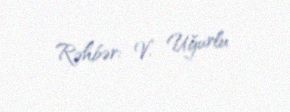
Rəhbər: V. Uğurlu